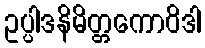
ဥပ္ပါဒနိမိတ္တကောဝိဒါ